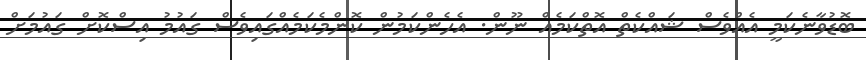
ބޮޑުވާނެކަމީ އެއްވެސް ޝައްކެތް އޮތްކަމެއް ނޫން. އެހެންކަމުން ކޮންމެކަމެއްގައިވެސް ގައުމު އިސްކޮށް ގައުމަށް